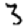
Digit: 3